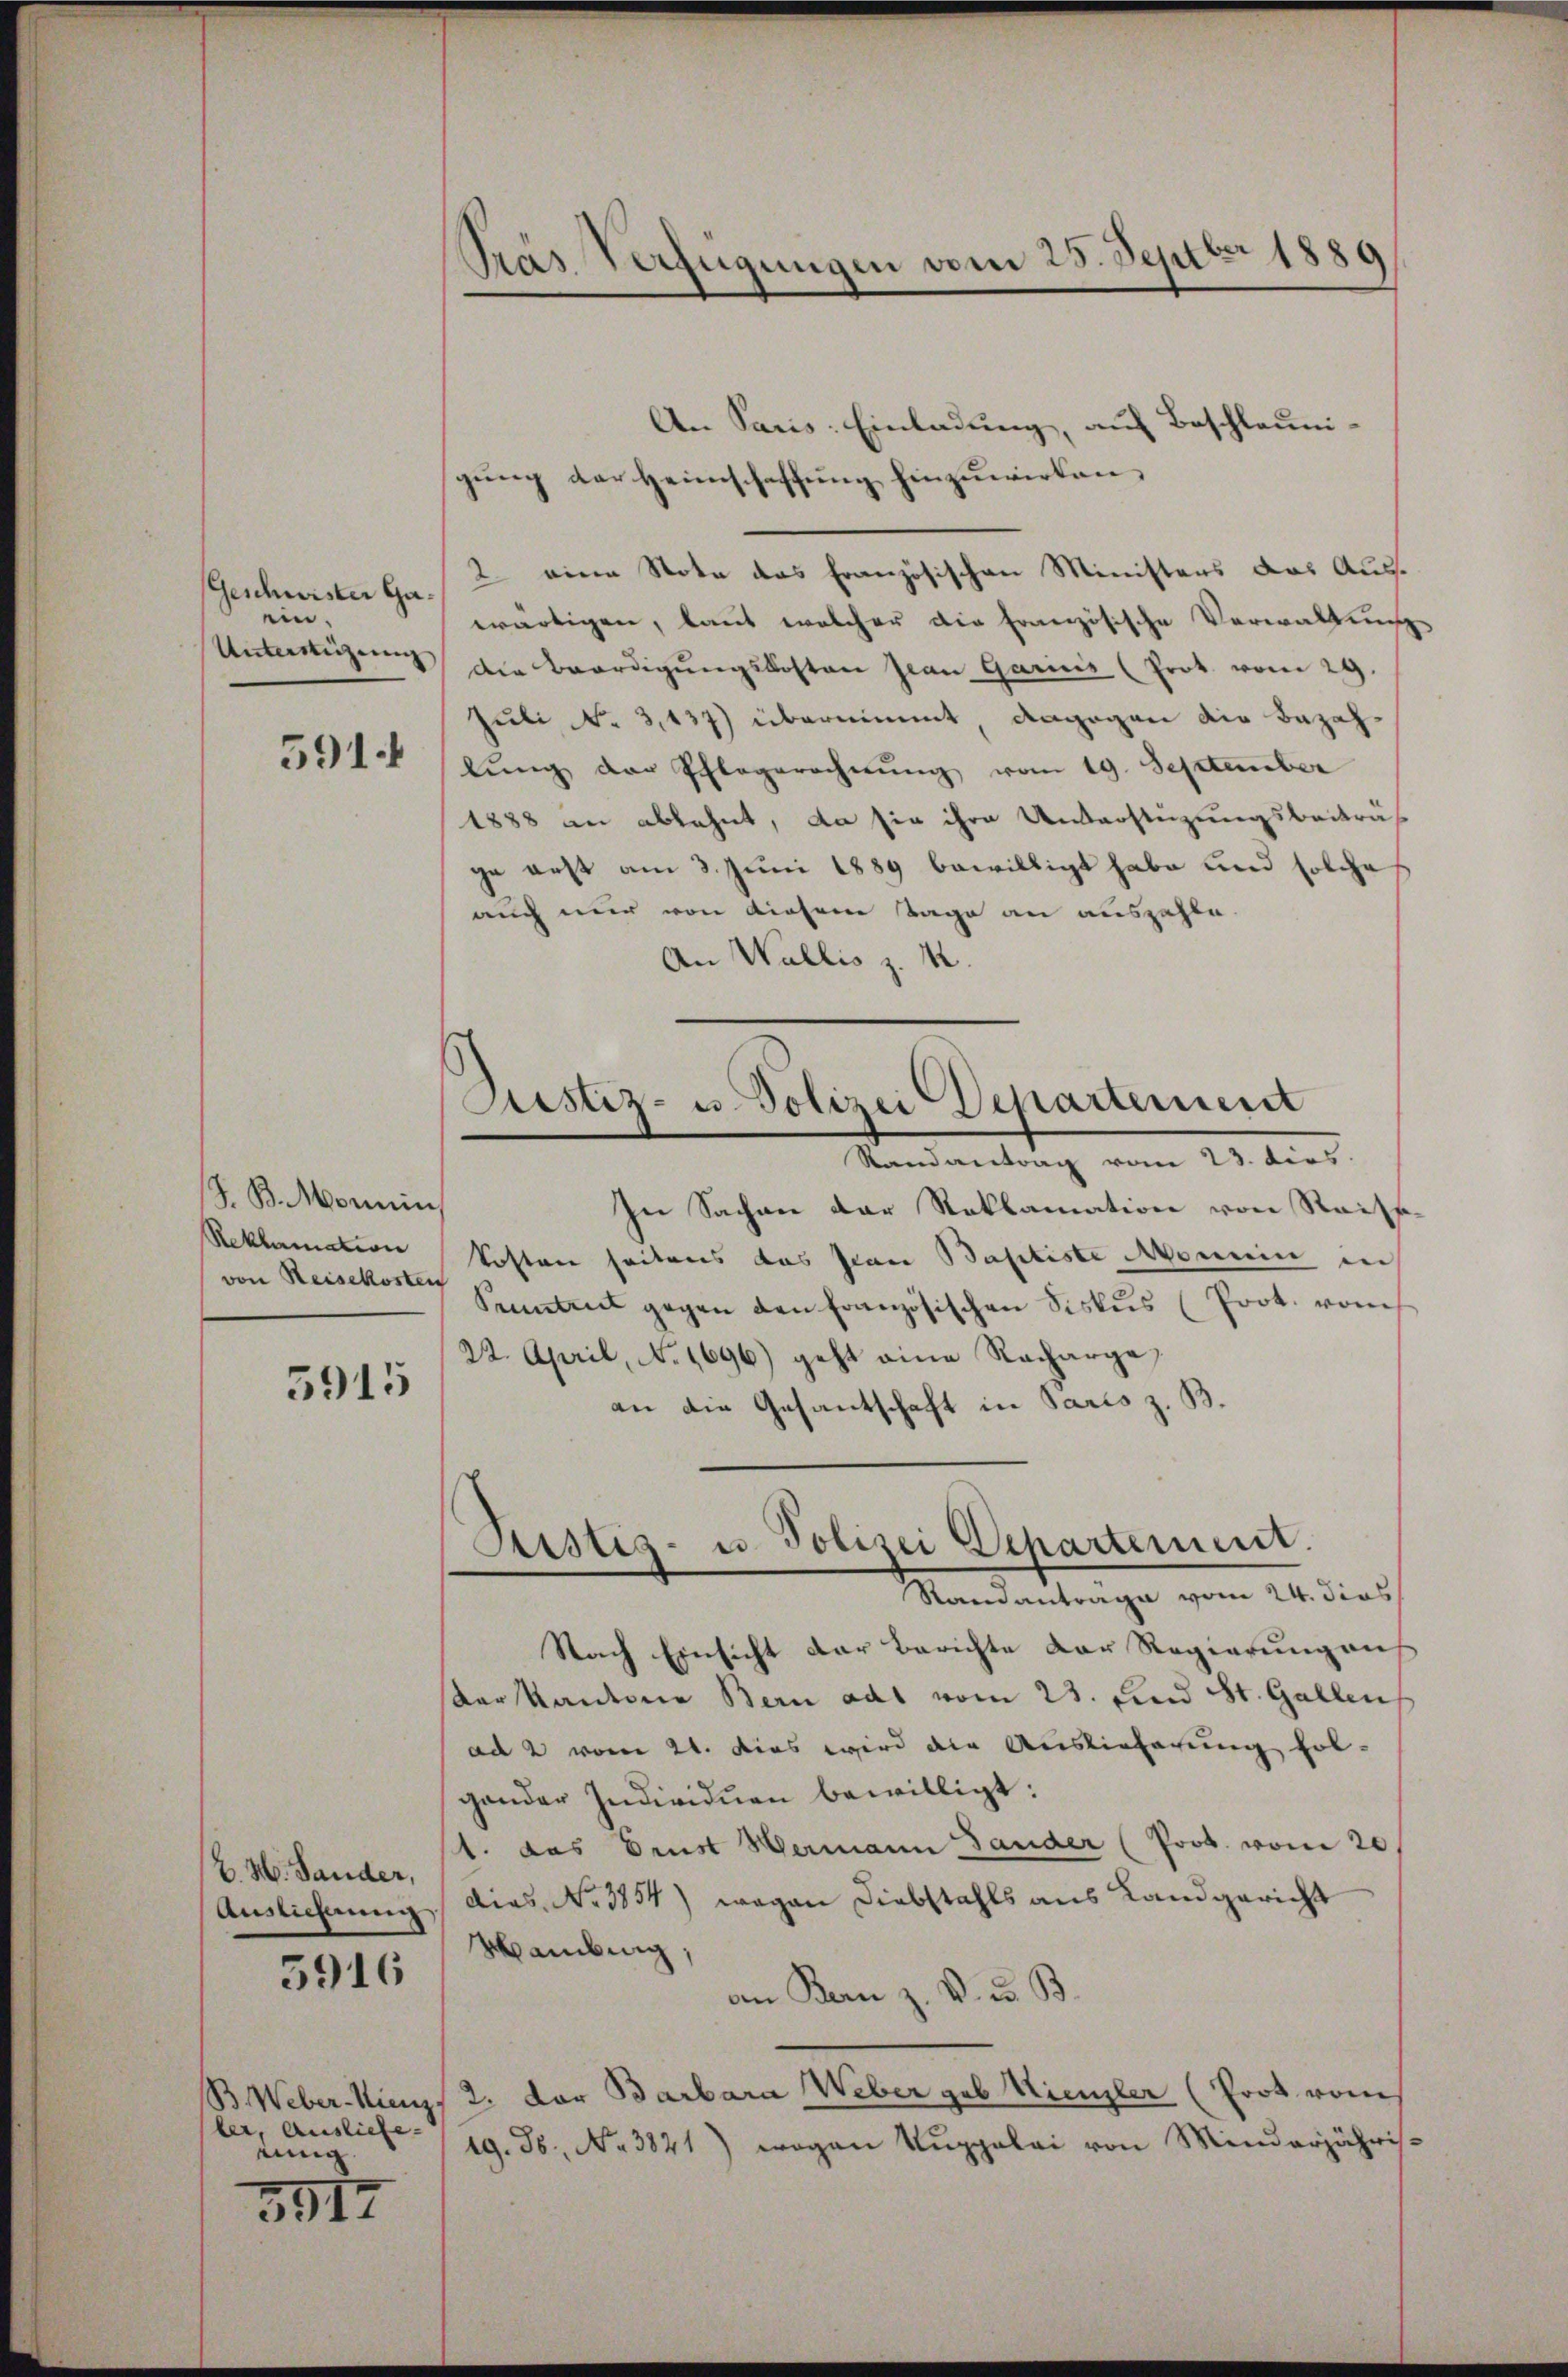
(Geschwister Gaein.
Untertigung

591.

(z. B. Monnin
Reklamation
von Reisekosten

5915

V. W. Sander,

5916

ler, Ausliefe.
einig

3917

An Paris: Einladung, auf Beschleunigŭng der Heimschaffŭng hinzuwirken.
2. eine Note das französischen Ministers das Auswärtigen, laut welcher die Französische Verwaltung
Die Beerdigŭngskosten Jean Garinz (Prot. vom 29.
Juli No 3,137) übernimmt dagegen die Bezahlŭng der Schlagerechnŭng vom 19. September
1888 an ablehnt, da sie ihre Unterstüzungsbeiträg
ge erst am 3. Juni 1889 bewilligt habe und solche
auch nur von diesene Tage an auszahle.
An Wallis z. M.
Randantrag vom 23. dies
In Sachen der Reklamation von Reisskosten seitens das Jean Baptiste Nomin in
Sentent gegen den Französischen Fiskus (Prot. vom
22. April, No. 1696) geht eine Racharge,
an die Gesantschaft in Paris z. B.
Arstiz- u. Polizei Departement.
Ramantrage vom 24. dies
Nach Einsicht der Berichte der Regierung auf
arkantone Bern adt vom 23. und St. Gallen
ad 2 vom 21. dies wird die Auslieferung fol-
gander Individuen bewilligt:
1. das Brust Hermann Lander (Prok. vom 20
Auslichung, dies No 3854) wegen Diebstahls aus Landgericht
Waubung,
an Bern z. V. u. B.
BWeber-Kiens 2. Dor Barbara Weber geb. Krenzler (Prot vom
19. ds., No 3821) wegen Kuggalai von Minderjähris¬

Präs. Verfügungen vom 25. Septbr 1889

Justiz- u. Polizei Departement